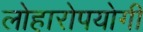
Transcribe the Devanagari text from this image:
लोहारोपयोगी